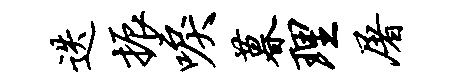
迭振唳暮理屠